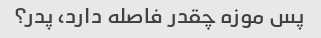
پس موزه چقدر فاصله دارد، پدر؟